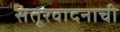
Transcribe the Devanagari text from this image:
संतूरवादनाची